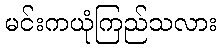
မင်းကယုံကြည်သလား